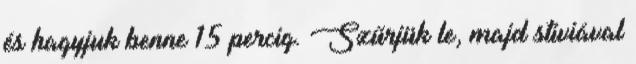
és hagyjuk benne 15 percig. Szűrjük le, majd stiviával